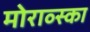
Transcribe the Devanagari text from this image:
मोराव्स्का